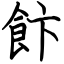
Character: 飰